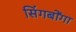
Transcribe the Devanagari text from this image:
सिंगबोंगा